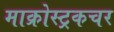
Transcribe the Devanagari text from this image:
माक्रोस्ट्रकचर